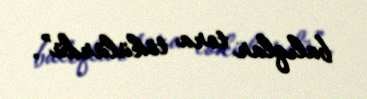
balıqlar tora tökülürdü”.